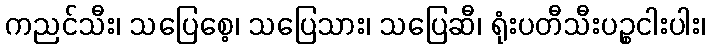
ကညင်သီး၊ သပြေစေ့၊ သပြေသား၊ သပြေဆီ၊ ရုံးပတီသီးပဉ္စငါးပါး၊